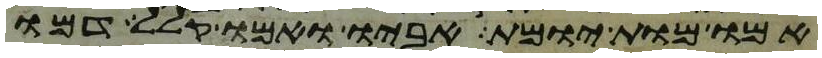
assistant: אמו מות יומת אביו ואמו קלל דמו